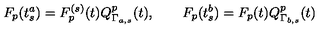
F _ { p } ( t _ { s } ^ { a } ) = F _ { p } ^ { ( s ) } ( t ) Q _ { \Gamma _ { a , s } } ^ { p } ( t ) , \qquad F _ { p } ( t _ { s } ^ { b } ) = F _ { p } ( t ) Q _ { \Gamma _ { b , s } } ^ { p } ( t )